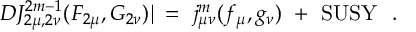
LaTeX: D J _ { 2 \mu , 2 \nu } ^ { 2 m - 1 } ( F _ { 2 \mu } , G _ { 2 \nu } ) \! \! \mid \ = \ j _ { \mu \nu } ^ { m } ( f _ { \mu } , g _ { \nu } ) \ + \ \mathrm { S U S Y } \ \ .